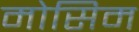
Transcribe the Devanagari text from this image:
मोसिम